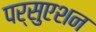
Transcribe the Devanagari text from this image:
पर्सुएशन